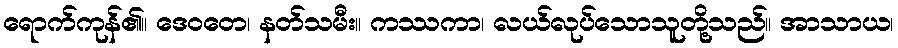
ရောက်ကုန်၏။ ဒေဝတေ၊ နတ်သမီး။ ကဿကာ၊ လယ်လုပ်သောသူတို့သည်။ အာသာယ၊